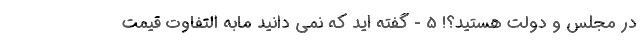
در مجلس و دولت هستید؟! 5 - گفته اید که نمی دانید مابه التفاوت قیمت